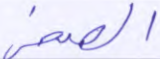
الصخر